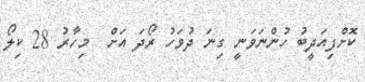
ކޮށްފިއަދީބު ހުންނަވަނީ ގިނަ ދުވަހު ރޯދަ އަށް  މިހާރު 28 ކިލޯ